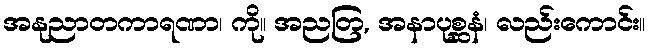
အနုညာတကာရဏာ၊ ကို။ အညတြ, အနာပုစ္ဆနံ၊ လည်းကောင်း။